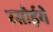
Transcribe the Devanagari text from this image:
रसोईये